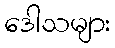
ဒေါသများ